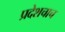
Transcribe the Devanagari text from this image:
प्रदेशचाच